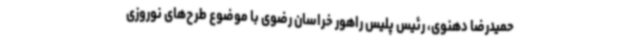
حمیدرضا دهنوی، رئیس پلیس راهور خراسان رضوی با موضوع طرح‌های نوروزی